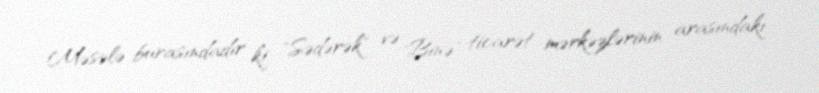
Məsələ burasındadır ki, "Sədərək" və "Binə" ticarət mərkəzlərinin arasındakı